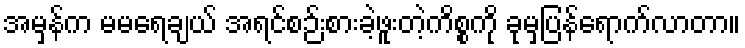
အမှန်က မမရေချယ် အရင်စဉ်းစားခဲ့ဖူးတဲ့ကိစ္စကို ခုမှပြန်ရောက်လာတာ။